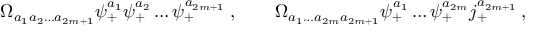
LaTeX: \Omega _ { a _ { 1 } a _ { 2 } \ldots a _ { 2 m + 1 } } \psi _ { + } ^ { a _ { 1 } } \psi _ { + } ^ { a _ { 2 } } \ldots \psi _ { + } ^ { a _ { 2 m + 1 } } \; , \qquad \Omega _ { a _ { 1 } \ldots a _ { 2 m } a _ { 2 m + 1 } } \psi _ { + } ^ { a _ { 1 } } \ldots \psi _ { + } ^ { a _ { 2 m } } j _ { + } ^ { a _ { 2 m + 1 } } \, ,